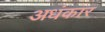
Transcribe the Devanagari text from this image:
अधंकार